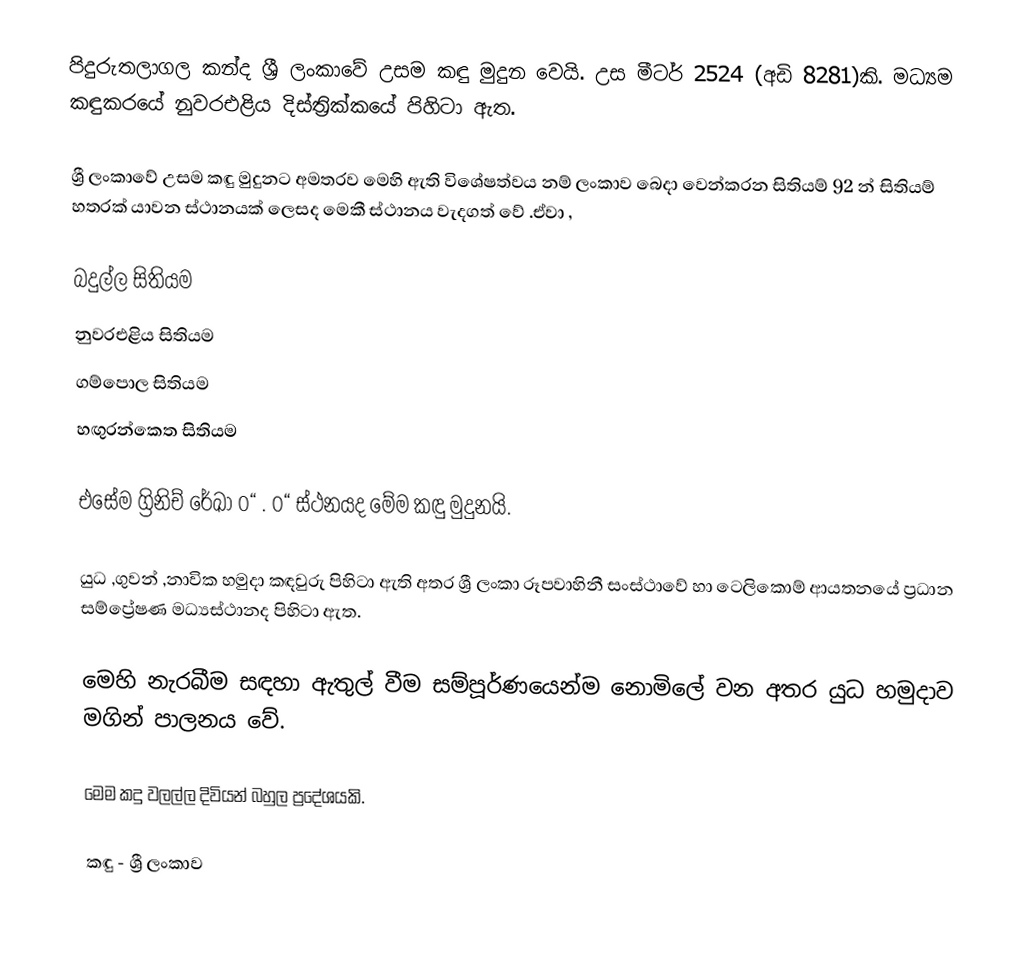
පිදුරුතලාගල කන්ද ශ්‍රී ලංකාවේ උසම කඳු මුදුන වෙයි. උස මීටර් 2524 (අඩි 8281)කි. මධ්‍යම කඳුකරයේ නුවරඑළිය දිස්ත්‍රික්කයේ පිහිටා ඇත.

ශ්‍රී ලංකාවේ උසම කඳු මුදුනට අමතරව මෙහි ඇති විශේෂත්වය නම් ලංකාව බෙදා වෙන්කරන සිතියම් 92 න් සිතියම් හතරක් යාවන ස්ථානයක් ලෙසද මෙකී ස්ථානය වැදගත් වේ .ඒවා ,

 බදුල්ල සිතියම
 නුවරඑළිය සිතියම
 ගම්පොල සිතියම
 හඟුරන්කෙත සිතියම

එසේම ග්‍රිනිච් රේඛා 0“ . 0“ ස්ථනයද මේම කඳු මුදුනයි.

යුධ ,ගුවන් ,නාවික හමුදා කඳවුරු පිහිටා ඇති අතර ශ්‍රී ලංකා රූපවාහිනී සංස්ථාවේ හා ටෙලිකොම් ආයතනයේ ප්‍රධාන සම්ප්‍රේෂණ මධ්‍යස්ථානද පිහිටා ඇත.

මෙහි නැරබීම සඳහා ඇතුල් වීම සම්පූර්ණයෙන්ම නොමිලේ වන අතර යුධ හමුදාව මගින් පාලනය වේ.

මෙම කදු වලල්ල දිවියන් බහුල ප්‍රදේශයකි.

කඳු - ශ්‍රී ලංකාව